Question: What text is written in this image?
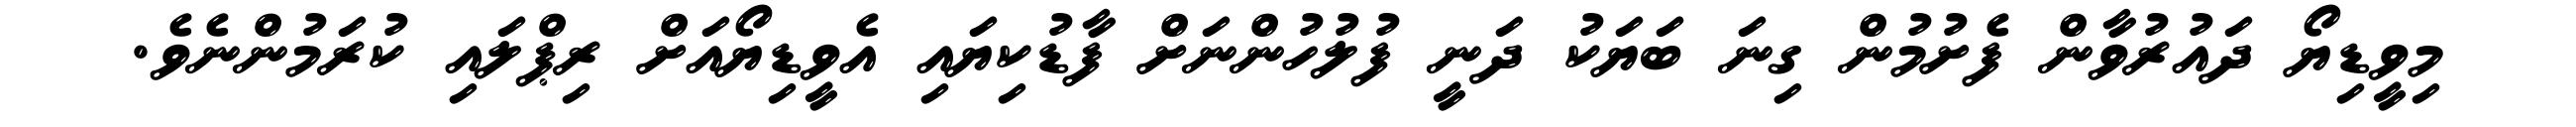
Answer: މިވީޑިޔޯ ދައުރުވާން ފެށުމުން ގިނަ ބަޔަކު ދަނީ ފުލުހުންނަށް ފާޑުކިޔައި އެވީޑިޔޯއަށް ރިޕްލައި ކުރަމުންނެވެ.